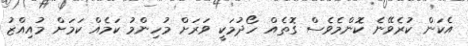
އެކަން ކުރެވޭނެ ކޮންމެވެސް ގޮތެއް ހޯދުމަކީ ވަަރަށް މުހިންމު ކަމެއް ކަމަށް މުއިއްޒު